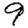
Digit: 9